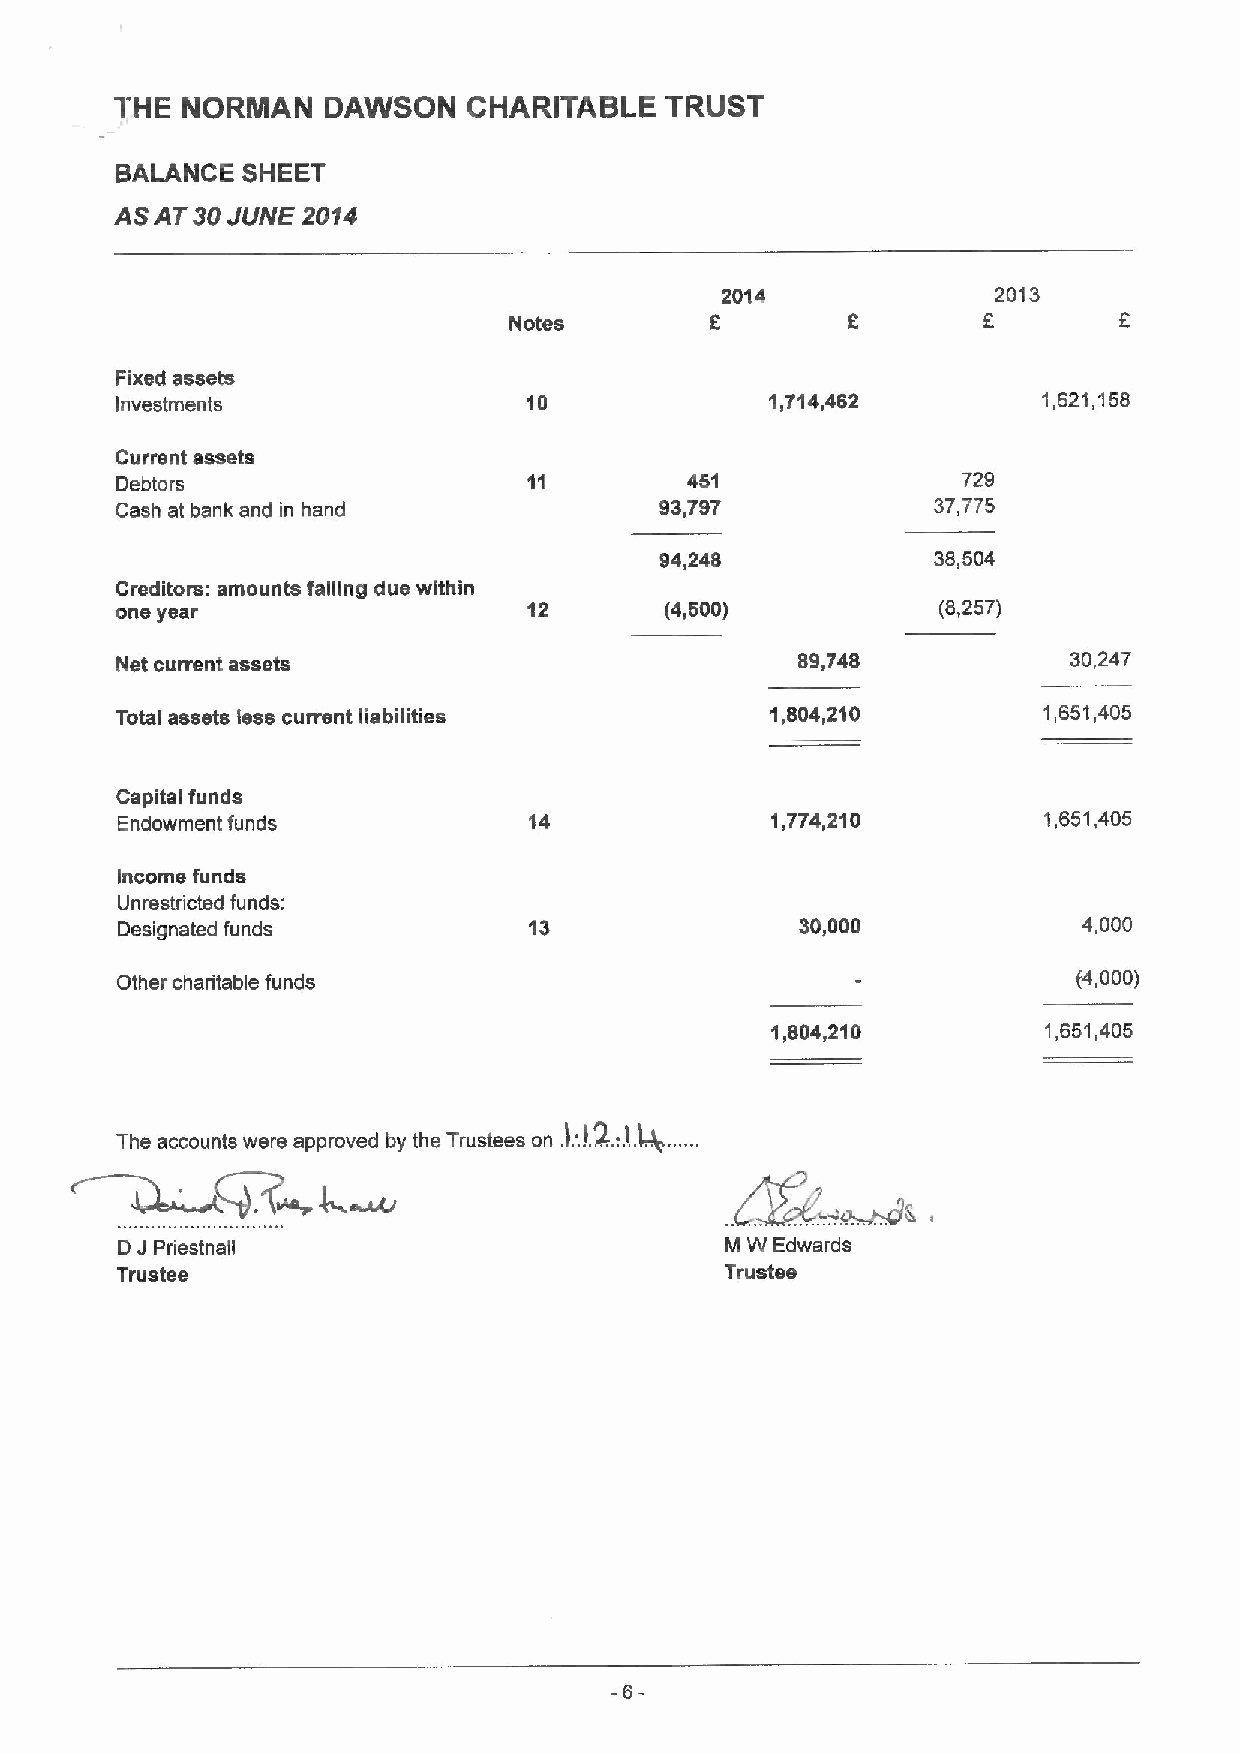
THE NORMAN    DAWSON   CHARITABLE   TRUST
 BALANCE SHEET
 ASAT 30JUNE 2094
 2014              2013
 Notes        8                 5
 Fixed assets
 Investments                10              1,714,462         1,621,158
 Current assets
 Debtors                              451                729
 Cash at bank and in hand            93,797            37,775
 94,248            38,504
 Creditors: amounts falling due within
 one year                   12       (4,500)           (8,257)
 Net current assets                           89,748            30,247
 Total assets less current liabilities      1,804,210         1,651,405
 Capital funds
 Endowment funds            14              1,774,210         1,651,405
 Income funds
 Unrestricted funds:
 Designated funds           13                30,000             4,000
 Other charitable funds                                         (4,000)
 1,804,210         1,651,405
 :!2.. 4,
 The accounts were approved by the Trustees on .I. ..)..
 D J Priestnall                          M W Edwards
 Trustee                                 Trustee